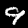
Digit: 9